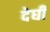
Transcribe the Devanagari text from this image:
देघी